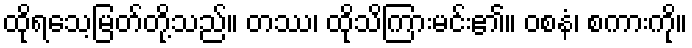
ထိုရသေ့မြတ်တို့သည်။ တဿ၊ ထိုသိကြားမင်း၏။ ဝစနံ၊ စကားကို။